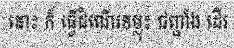
នោះ ក៏ ធ្វើដំណើរទម្លុះ ជញ្ជាំង ដើរ